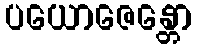
ပယောဇေန္တော